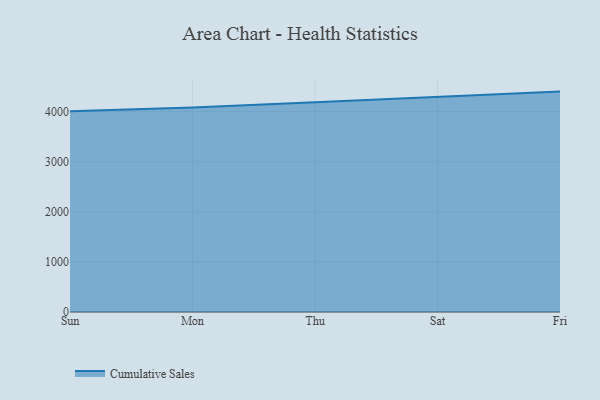
{"axis": {"x": "Day", "y": "Customer Acquisition Cost (USD)"}, "legend": ["Cumulative Sales"], "data": [{"x": "Sun", "y": 4005.7, "type": "Cumulative Sales"}, {"x": "Mon", "y": 4082.8, "type": "Cumulative Sales"}, {"x": "Thu", "y": 4188.2, "type": "Cumulative Sales"}, {"x": "Sat", "y": 4291.6, "type": "Cumulative Sales"}, {"x": "Fri", "y": 4398.4, "type": "Cumulative Sales"}]}